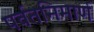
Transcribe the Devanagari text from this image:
पर्वतनिमार्ण